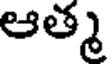
ఆత్మ